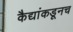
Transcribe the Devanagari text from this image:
कैद्यांकडूनच